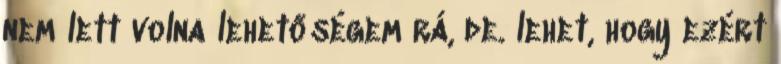
nem lett volna lehetőségem rá, de. lehet, hogy ezért